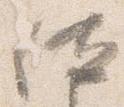
位